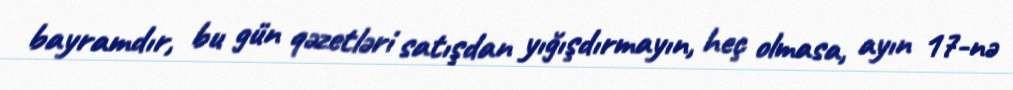
bayramdır, bu gün qəzetləri satışdan yığışdırmayın, heç olmasa, ayın 17-nə